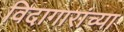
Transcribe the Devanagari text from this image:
विदागारांच्या